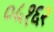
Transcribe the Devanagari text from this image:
०५१६२